Specificity of antivenomous sera, with special reference to a serum prepared with the venom of Daboia russellii - Number 16
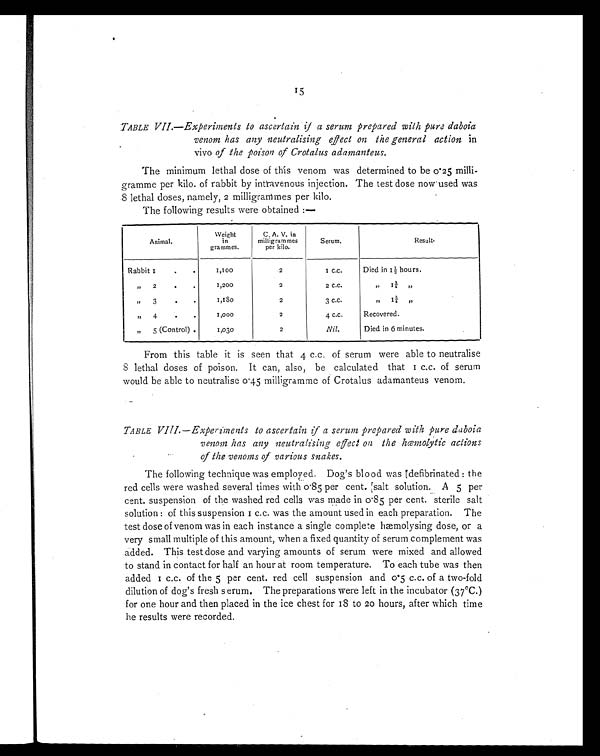
15
TABLE VII.—Experiments to ascertain if a serum prepared with pure daboia
venom has any neutralising effect on the general action in
vivo of the poison of Crotalus adamanteus.
The minimum lethal dose of this venom was determined to be 0.25 milli-
gramme per kilo. of rabbit by intravenous injection. The test dose now . used was
8 lethal doses, namely, 2 milligrammes per kilo.
The following results were obtained :—
A n i m a l .
W e i g h t i n g r a m m e s .
C. A. V. in
milligrammes
per kilo.
Serum.
Result.
Rabbit 1
.
.
1,100
2
1 C.C.
Died in 1½ hours.
" 2
.
.
1,200
2
2 C.C.
"
1 ¾
"
"
3
.
•
1,180
2
3 c . c .
”
1 ¾ ,,
”
4
•
•
1,000
2
4 C.C.
Recovered.
„
5 (Control) .
1,030
2
Nil.
Died in 6 minutes.
From this table it is seen that 4 c.c. of serum were able to neutralise
8 lethal doses of poison. It can, also, be calculated that 1 c.c. of serum
would be able to neutralise 0.45 milligramme of Crotalus adamanteus venom.
TABLE VIII.—Experiments to ascertain if a serum prepared with pure daboia
venom has any neutralising effect on the hemolytic actions
of the venoms of various snakes.
The following technique was employed. Dog's blood was defibrinated : the
red cells were washed several times with 0 . 85 per cent. salt solution. A 5 per
cent. suspension of the washed red cells was made in 0.85 per cent. sterile salt
sol uti on : of thi s suspensi on 1 c. c. was the amount used i n each preparati on. The
test dose of venom was in each instance a single complete hmmolysing dose, or a
very small multiple of this amount, when a fixed quantity of serum complement was
added. This test dose and varying amounts of serum were mixed and allowed
to stand in contact for half an hour at room temperature. To each tube was then
a d d e d 1 c . c . o f t h e 5 p e r c e n t . r e d c e l l s u s p e n s i o n a n d 0 . 5 c . c . o f a t w o - f o l d
dilution of dog's fresh serum. The preparations were left in the incubator (37°C.)
for one hour and then placed in the ice chest for 18 to 20 hours, after which time
he results were recorded.